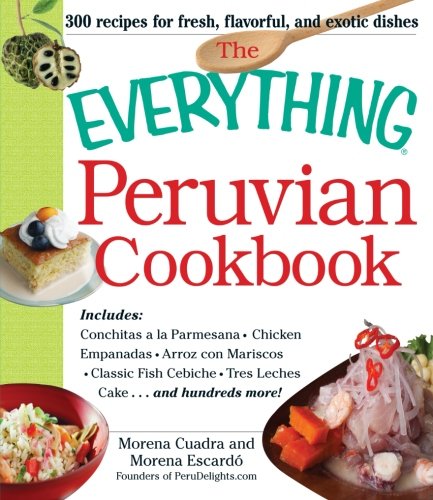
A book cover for The Everything Peruvian Cookbook: Includes Conchitas a la Parmesana, Chicken Empanadas, Arroz con Mariscos, Classic Fish Cebiche, Tres Leches Cake and hundreds more!; Morena Cuadra; Cookbooks, Food & Wine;